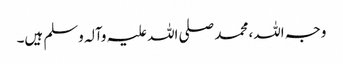
وجہ اللہ، محمد صلی اللہ علیہ وآلہ وسلم ہیں۔